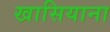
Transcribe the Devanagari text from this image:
खासियाना